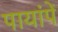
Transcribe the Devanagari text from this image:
पायांपें